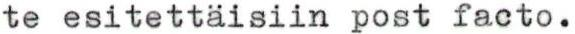
te esitettäisiin post facto.